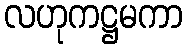
လဟုကဋ္ဌမကာ